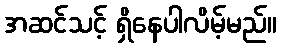
အဆင်သင့် ရှိနေပါလိမ့်မည်။